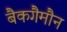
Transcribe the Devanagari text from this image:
बैकगैमौन